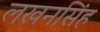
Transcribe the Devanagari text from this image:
लखनसिंह